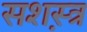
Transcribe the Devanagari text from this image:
सशस़्त्र